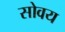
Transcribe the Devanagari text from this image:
सोवय